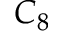
C _ { 8 }